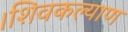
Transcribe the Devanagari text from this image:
।शिवकल्याण